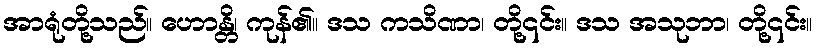
အာရုံတို့သည်။ ဟောန္တိ၊ ကုန်၏။ ဒသ ကသိဏာ၊ တို့၎င်း။ ဒသ အသုဘာ၊ တို့၎င်း။